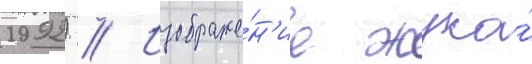
1992) // Изображе́н'ие жука́